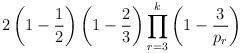
LaTeX: \begin{align*} 2\left(1-\frac{1}{2}\right)\left(1-\frac{2}{3}\right)\prod_{r=3}^k\left(1-\frac{3}{p_r}\right)\end{align*}